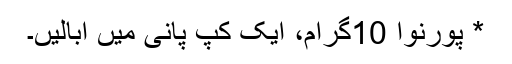
* پورنوا 10گرام، ایک کپ پانی میں ابالیں۔